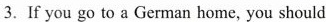
3.If you go to a German home, you should